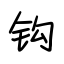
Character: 钩